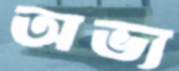
অভ্য